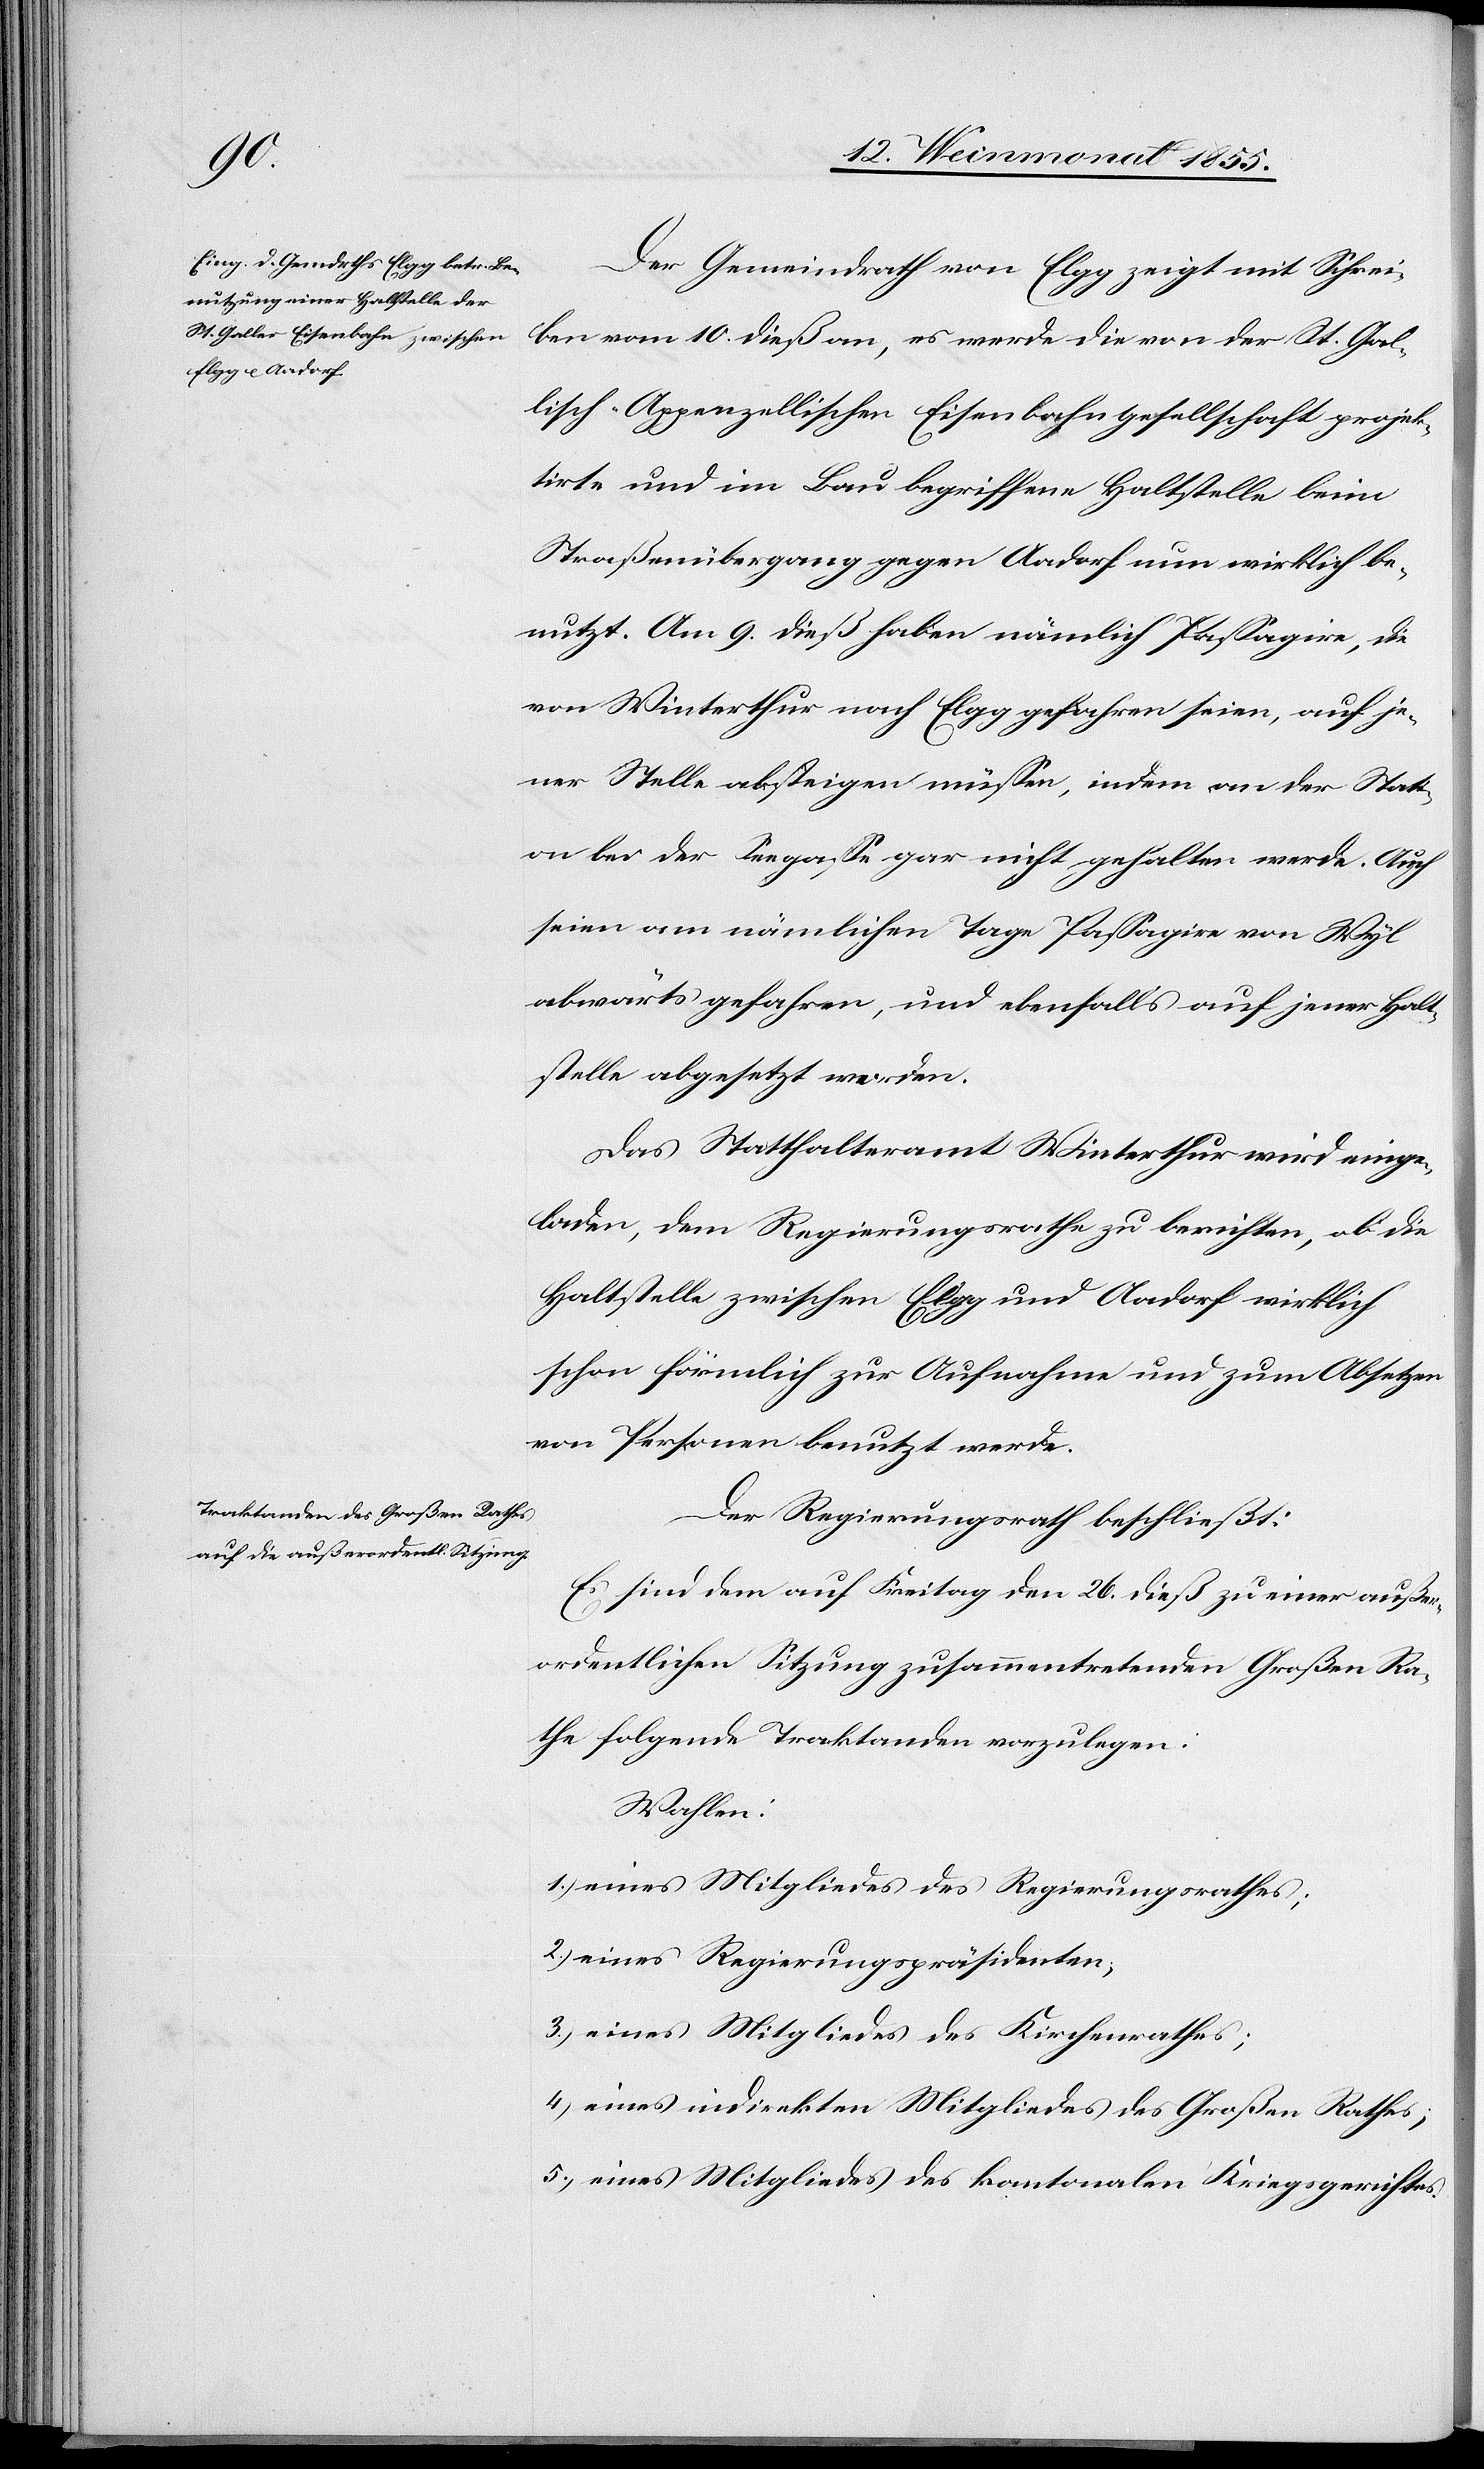
Der Gemeindrath von Elgg zeigt mit Schrei¬
ben vom 10. dieß an, es werde die von der St. Gal¬
lisch-Appenzellischen Eisenbahngesellschaft projek¬
tirte und im Bau begriffene Haltstelle beim
Straßenübergang gegen Aadorf nun wirklich be¬
nutzt. Am 9. dieß haben nämlich Passagire, die
von Winterthur nach Elgg gefahren seien, auf je¬
ner Stelle absteigen müssen, indem an der Stati¬
on bei der Seegasse gar nicht gehalten werde. Auch
seien am nämlichen Tage Passagire von Wyl
abwärts gefahren, und ebenfalls auf jener Halt¬
stelle abgesetzt worden.
Das Statthalteramt Winterthur wird einge¬
laden, dem Regierungsrathe zu berichten, ob die
Haltstelle zwischen Elgg und Aadorf wirklich
schon förmlich zur Aufnahme und zum Absetzen
von Personen benutzt werde.
Der Regierungsrath beschließt:
Es sind dem auf Freitag den 26. dieß zu einer außer¬
ordentlichen Sitzung zusammentretenden Großen Ra¬
the folgende Traktanden vorzulegen:
Wahlen:
eines Mitgliedes des Regierungsrathes;
eines Regierungspräsidenten;
eines Mitgliedes des Kirchenrathes;
eines indirekten Mitgliedes des Großen Rathes;
eines Mitgliedes des kantonalen Kriegsgerichtes.